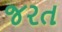
જરત